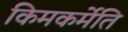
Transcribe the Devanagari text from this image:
किमकर्मेति